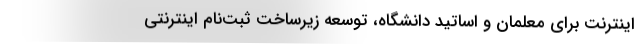
اینترنت برای معلمان و اساتید دانشگاه، توسعه زیرساخت ثبت‌نام اینترنتی